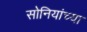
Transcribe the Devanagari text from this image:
सोनियांच्या